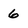
Character: 6